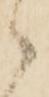
ゝ